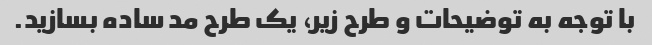
با توجه به توضیحات و طرح زیر، یک طرح مد ساده بسازید.